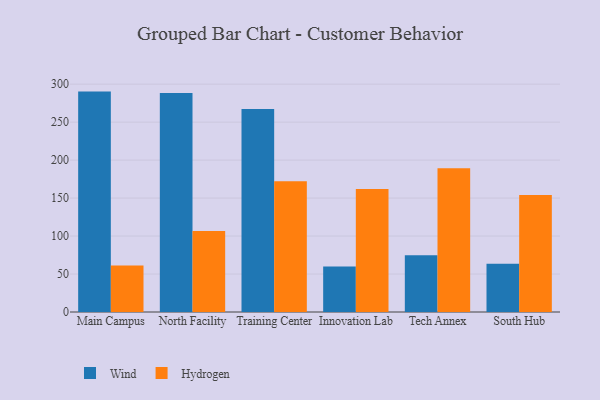
{"axis": {"x": "Campus", "y": "Humidity (%)"}, "legend": ["Hydrogen", "Wind"], "data": [{"x": "Main Campus", "y": 290.2, "type": "Wind"}, {"x": "Main Campus", "y": 61.3, "type": "Hydrogen"}, {"x": "North Facility", "y": 288.5, "type": "Wind"}, {"x": "North Facility", "y": 106.8, "type": "Hydrogen"}, {"x": "Training Center", "y": 267.3, "type": "Wind"}, {"x": "Training Center", "y": 172.3, "type": "Hydrogen"}, {"x": "Innovation Lab", "y": 60.0, "type": "Wind"}, {"x": "Innovation Lab", "y": 161.8, "type": "Hydrogen"}, {"x": "Tech Annex", "y": 74.7, "type": "Wind"}, {"x": "Tech Annex", "y": 189.2, "type": "Hydrogen"}, {"x": "South Hub", "y": 63.6, "type": "Wind"}, {"x": "South Hub", "y": 154.2, "type": "Hydrogen"}]}